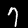
Label: 7